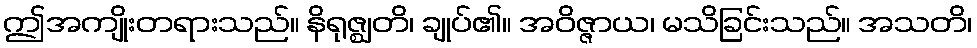
ဤအကျိုးတရားသည်။ နိရုဇ္ဈတိ၊ ချုပ်၏။ အဝိဇ္ဇာယ၊ မသိခြင်းသည်။ အသတိ၊